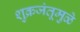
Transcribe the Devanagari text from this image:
शुक्रजंतूमुळे